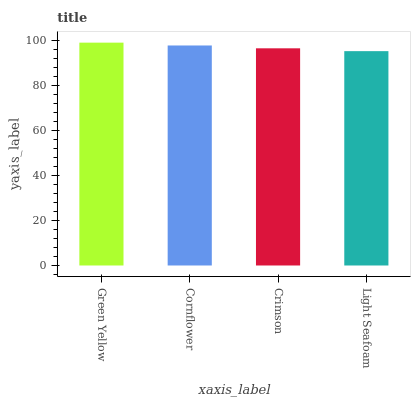
| xaxis_label | bars |
 | --- | --- |
 | Green Yellow | 99 |
 | Cornflower | 97.7 |
 | Crimson | 96.5 |
 | Light Seafoam | 95.2 |